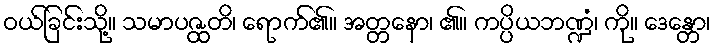
ဝယ်ခြင်းသို့။ သမာပဇ္ထတိ၊ ရောက်၏။ အတ္တနော၊ ၏။ ကပ္ပိယဘဏ္ဍံ၊ ကို။ ဒေန္တော၊